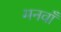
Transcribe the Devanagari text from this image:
मनवाँ